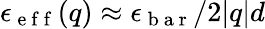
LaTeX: \epsilon_{\mathrm{~e~f~f~}}(q)\approx\epsilon_{\mathrm{~b~a~r~}}/2|q|d